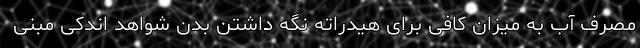
مصرف آب به میزان کافی برای هیدراته نگه داشتن بدن شواهد اندکی مبنی